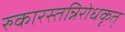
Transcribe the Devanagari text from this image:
रुकारस्तन्निरोधकृत्